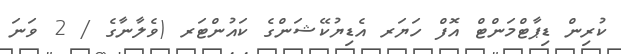
ކުރިން ޑިޕާޓްމަންޓް އޮފް ހަޔަރ އެޑިޔުކޭޝަންގެ ކައުންޓަރ (ވެލާނާގެ / 2 ވަނަ